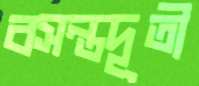
বসন্তদূতী